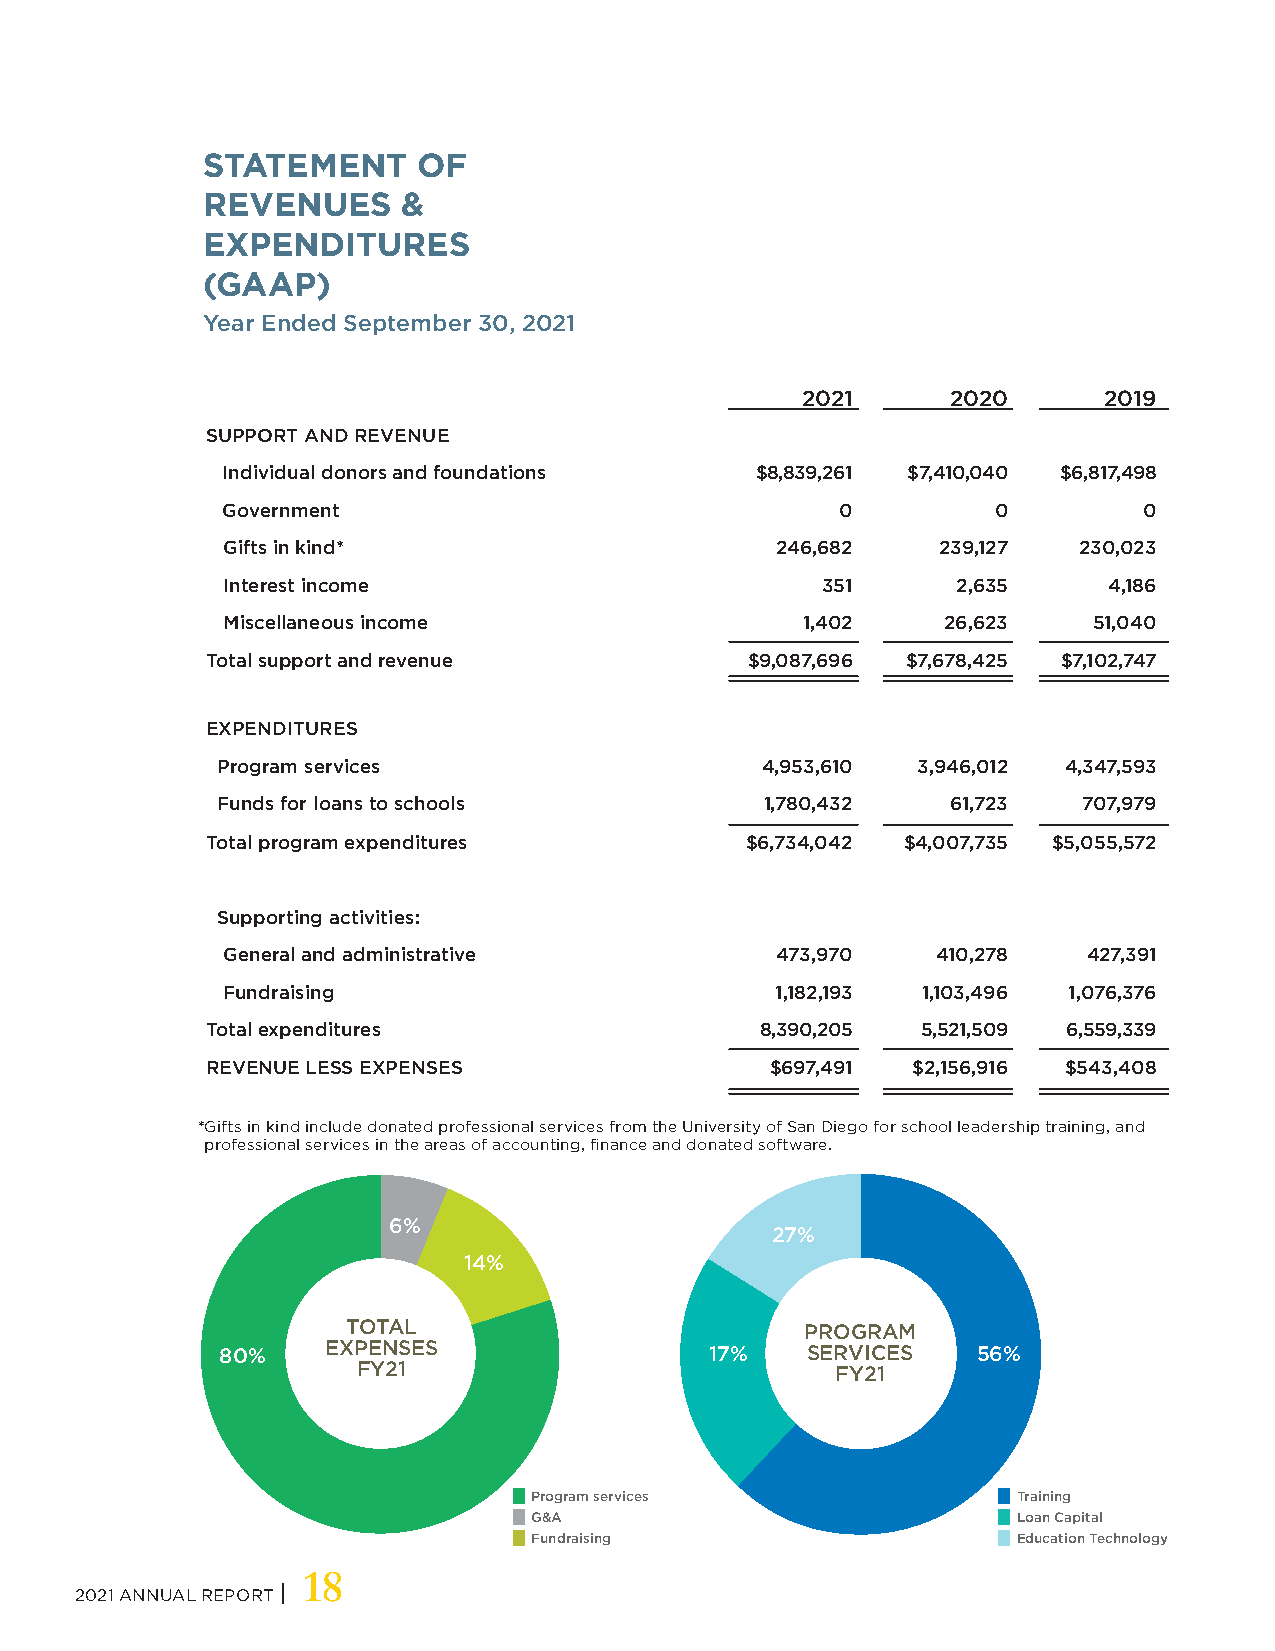
STATEMENT      OF
 REVENUES      &
 EXPENDITURES
 (GAAP)
 Year Ended September 30, 2021
 2021      2020      2019
 SUPPORT AND REVENUE
 Individual donors and foundations  $8,839,261 $7,410,040 $6,817,498
 Government                               0         0         0
 Gifts in kind*                      246,682    239,127  230,023
 Interest income                        351      2,635     4,186
 Miscellaneous income                  1,402    26,623    51,040
 Total support and revenue          $9,087,696 $7,678,425 $7,102,747
 EXPENDITURES
 Program services                    4,953,610  3,946,012 4,347,593
 Funds for loans to schools           1,780,432   61,723   707,979
 Total program expenditures         $6,734,042 $4,007,735 $5,055,572
 Supporting activities:
 General and administrative          473,970    410,278   427,391
 Fundraising                         1,182,193 1,103,496 1,076,376
 Total expenditures                  8,390,205  5,521,509 6,559,339
 REVENUE LESS EXPENSES                $697,491 $2,156,916 $543,408
 *Gifts in kind include donated professional services from the University of San Diego for school leadership training, and
 professional services in the areas of accounting, finance and donated software.
 6%
 27%
 14%
 TOTAL                         PROGRAM
 80%   EXPENSES                  17%   SERVICES    56%
 FY21                           FY21
 Program services                Training
 G&A                             Loan Capital
 Fundraising                     Education Technology
 18
 2021 ANNUAL REPORT |